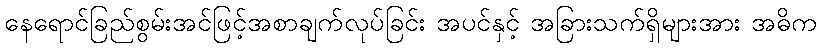
နေရောင်ခြည်စွမ်းအင်ဖြင့်အစာချက်လုပ်ခြင်း အပင်နှင့် အခြားသက်ရှိများအား အဓိက